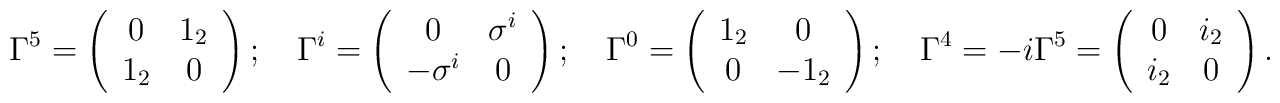
\Gamma ^{5}=\left( \begin{array}{cc}0 & 1_{2} \\ 1_{2} & 0\end{array}\right);\quad \Gamma ^{i}=\left( \begin{array}{cc}0 & \sigma ^{i} \\ -\sigma ^{i} & 0\end{array}\right);\quad \Gamma ^{0}=\left( \begin{array}{cc}1_{2} & 0 \\ 0 & -1_{2}\end{array}\right);\quad \Gamma ^{4}=-i\Gamma ^{5}=\left( \begin{array}{cc}0 & i_{2} \\ i_{2} & 0\end{array}\right).